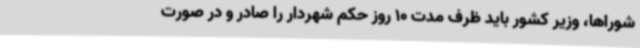
شوراها، وزیر کشور باید ظرف مدت 10 روز حکم شهردار را صادر و در صورت